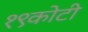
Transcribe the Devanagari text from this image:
१९कोटी